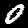
Digit: 0